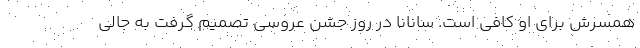
همسرش برای او کافی است. سانانا در روز جشن عروسی تصمیم گرفت به جالی